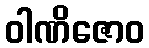
ဝါဏိဇောဝ